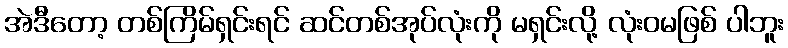
အဲဒီတော့ တစ်ကြိမ်ရှင်းရင် ဆင်တစ်အုပ်လုံးကို မရှင်းလို့ လုံးဝမဖြစ် ပါဘူး